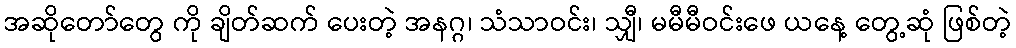
အဆိုတော်တွေ ကို ချိတ်ဆက် ပေးတဲ့ အနဂ္ဂ၊ သံသာဝင်း၊ သျှီ၊ မမီမီဝင်းဖေ ယနေ့ တွေ့ဆုံ ဖြစ်တဲ့